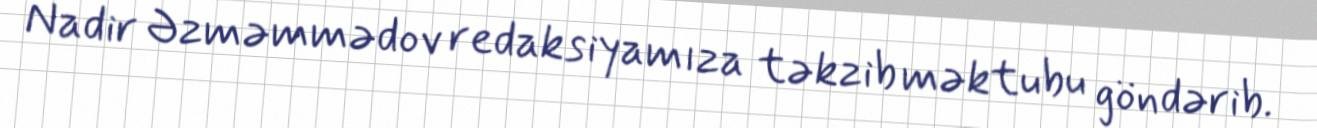
Nadir Əzməmmədov redaksiyamıza təkzib məktubu göndərib.